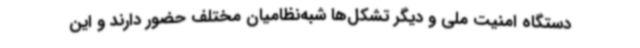
دستگاه امنیت ملی و دیگر تشکل‌ها شبه‌نظامیان مختلف حضور دارند و این